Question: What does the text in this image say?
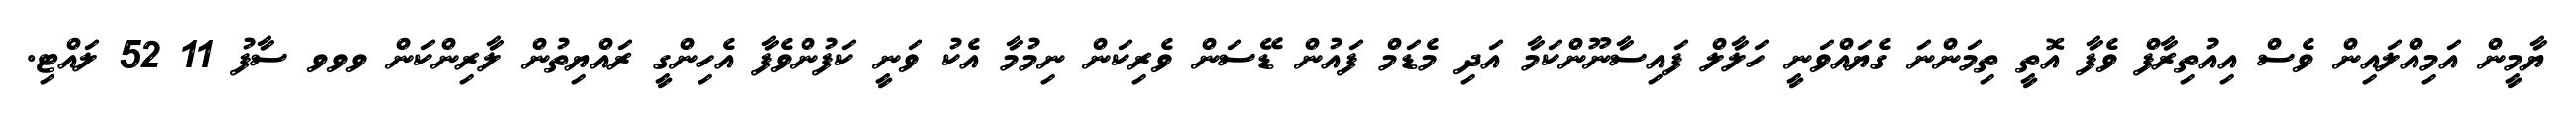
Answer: ޔާމީން އަމިއްލައިން ވެސް އިއުތިރާފް ވެފާ އޮތީ ތިމަންނަ ގެޔައްވަނީ ހަލާލް ފައިސާނޫންކަމާ އަދި މެޑަމް ފައުން ޑޭސަން ވެރިކަން ނިމުމާ އެކު ވަނީ ކަފުންވެފާ އެހިންގީ ރައްޔިތުން ލާރިންކަން ވވވ ސާފު 11 52 ލައްޓި.